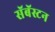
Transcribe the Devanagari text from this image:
सॅबॅस्टन